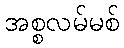
အစ္စလမ်မစ်